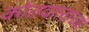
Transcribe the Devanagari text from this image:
कोतवालाच्या